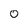
Character: 0